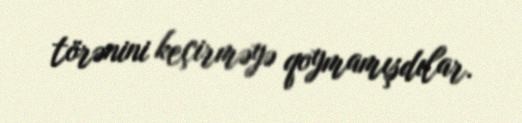
törənini keçirməyə qoymamışdılar.